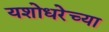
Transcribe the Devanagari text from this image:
यशोधरेच्या